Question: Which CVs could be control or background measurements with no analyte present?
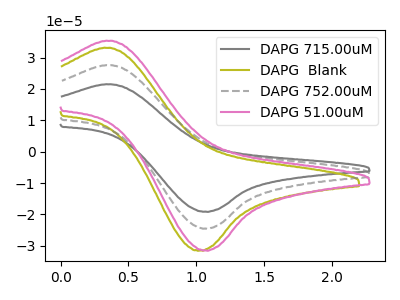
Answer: <think>The gray curve "DAPG 715.00uM" has an anodic peak at (0.35V, 55.15uA) and a cathodic peak at (1.05V, -49.05uA). The olive curve "DAPG  Blank" has an anodic peak at (0.35V, 33.05uA) and a cathodic peak at (1.05V, -31.50uA). The gray dashed curve "DAPG 752.00uM" has an anodic peak at (0.35V, 27.55uA) and a cathodic peak at (1.05V, -24.55uA). The pink curve "DAPG 51.00uM" has an anodic peak at (0.35V, 35.35uA) and a cathodic peak at (1.05V, -31.45uA).</think>
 <answer>There are not any CV's on this graph that are likely to be blanks.</answer>
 <eval>none</eval>